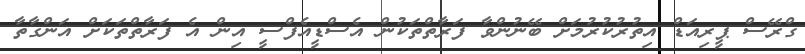
ގްރޭސް ޕީރިއަޑް އިތުރުކުރުމަށް ބޭނުންވާ ފަރާތްތަކުން އެސްޑީއެފްސީ އިން އެ ފަރާތްތަކަށް އަންގާތާ